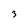
Character: 3